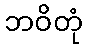
ဘဝိတုံ